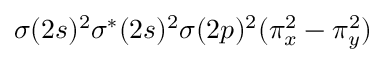
\sigma ( 2 s ) ^ { 2 } \sigma ^ { * } ( 2 s ) ^ { 2 } \sigma ( 2 p ) ^ { 2 } ( \pi _ { x } ^ { 2 } - \pi _ { y } ^ { 2 } )